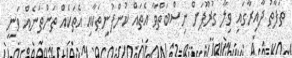
ތަފާތު ދާއިރާގައި ވިލާ ގުރޫޕަށް ނިސްބަތްވާ އެތައް ކުންފުނިތަކާއި އެތަކެއް ތަންތަނެއް ވަނީ